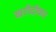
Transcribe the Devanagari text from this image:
खरीदीकर